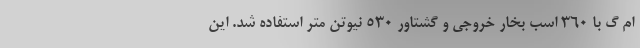
ام گ با 360 اسب بخار خروجی و گشتاور 530 نیوتن متر استفاده شد. این